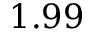
1 . 9 9